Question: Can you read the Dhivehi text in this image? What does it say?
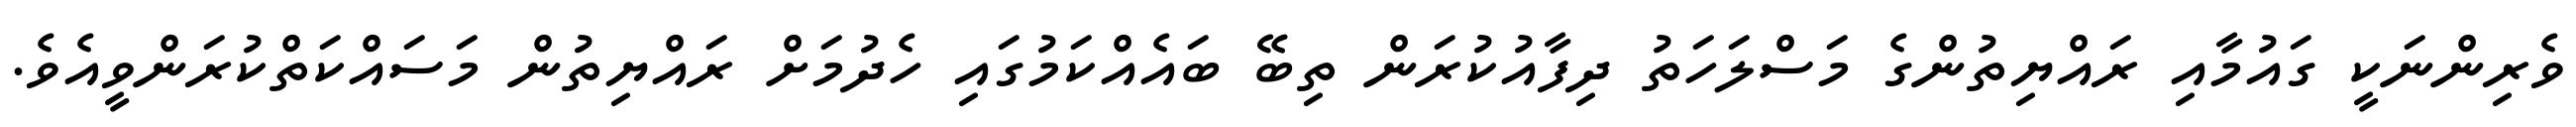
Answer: ވެރިންނަކީ ގައުމާއި ރައްޔިތުންގެ މަސްލަހަތު ދިފާއުކުރަން ތިބޭ ބައެއްކަމުގައި ހެދުމަށް ރައްޔިތުން މަސައްކަތްކުރަންވީއެވެ.